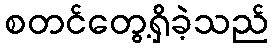
စတင်တွေ့ရှိခဲ့သည်